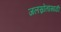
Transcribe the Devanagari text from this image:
जलस्रोतांसाठी